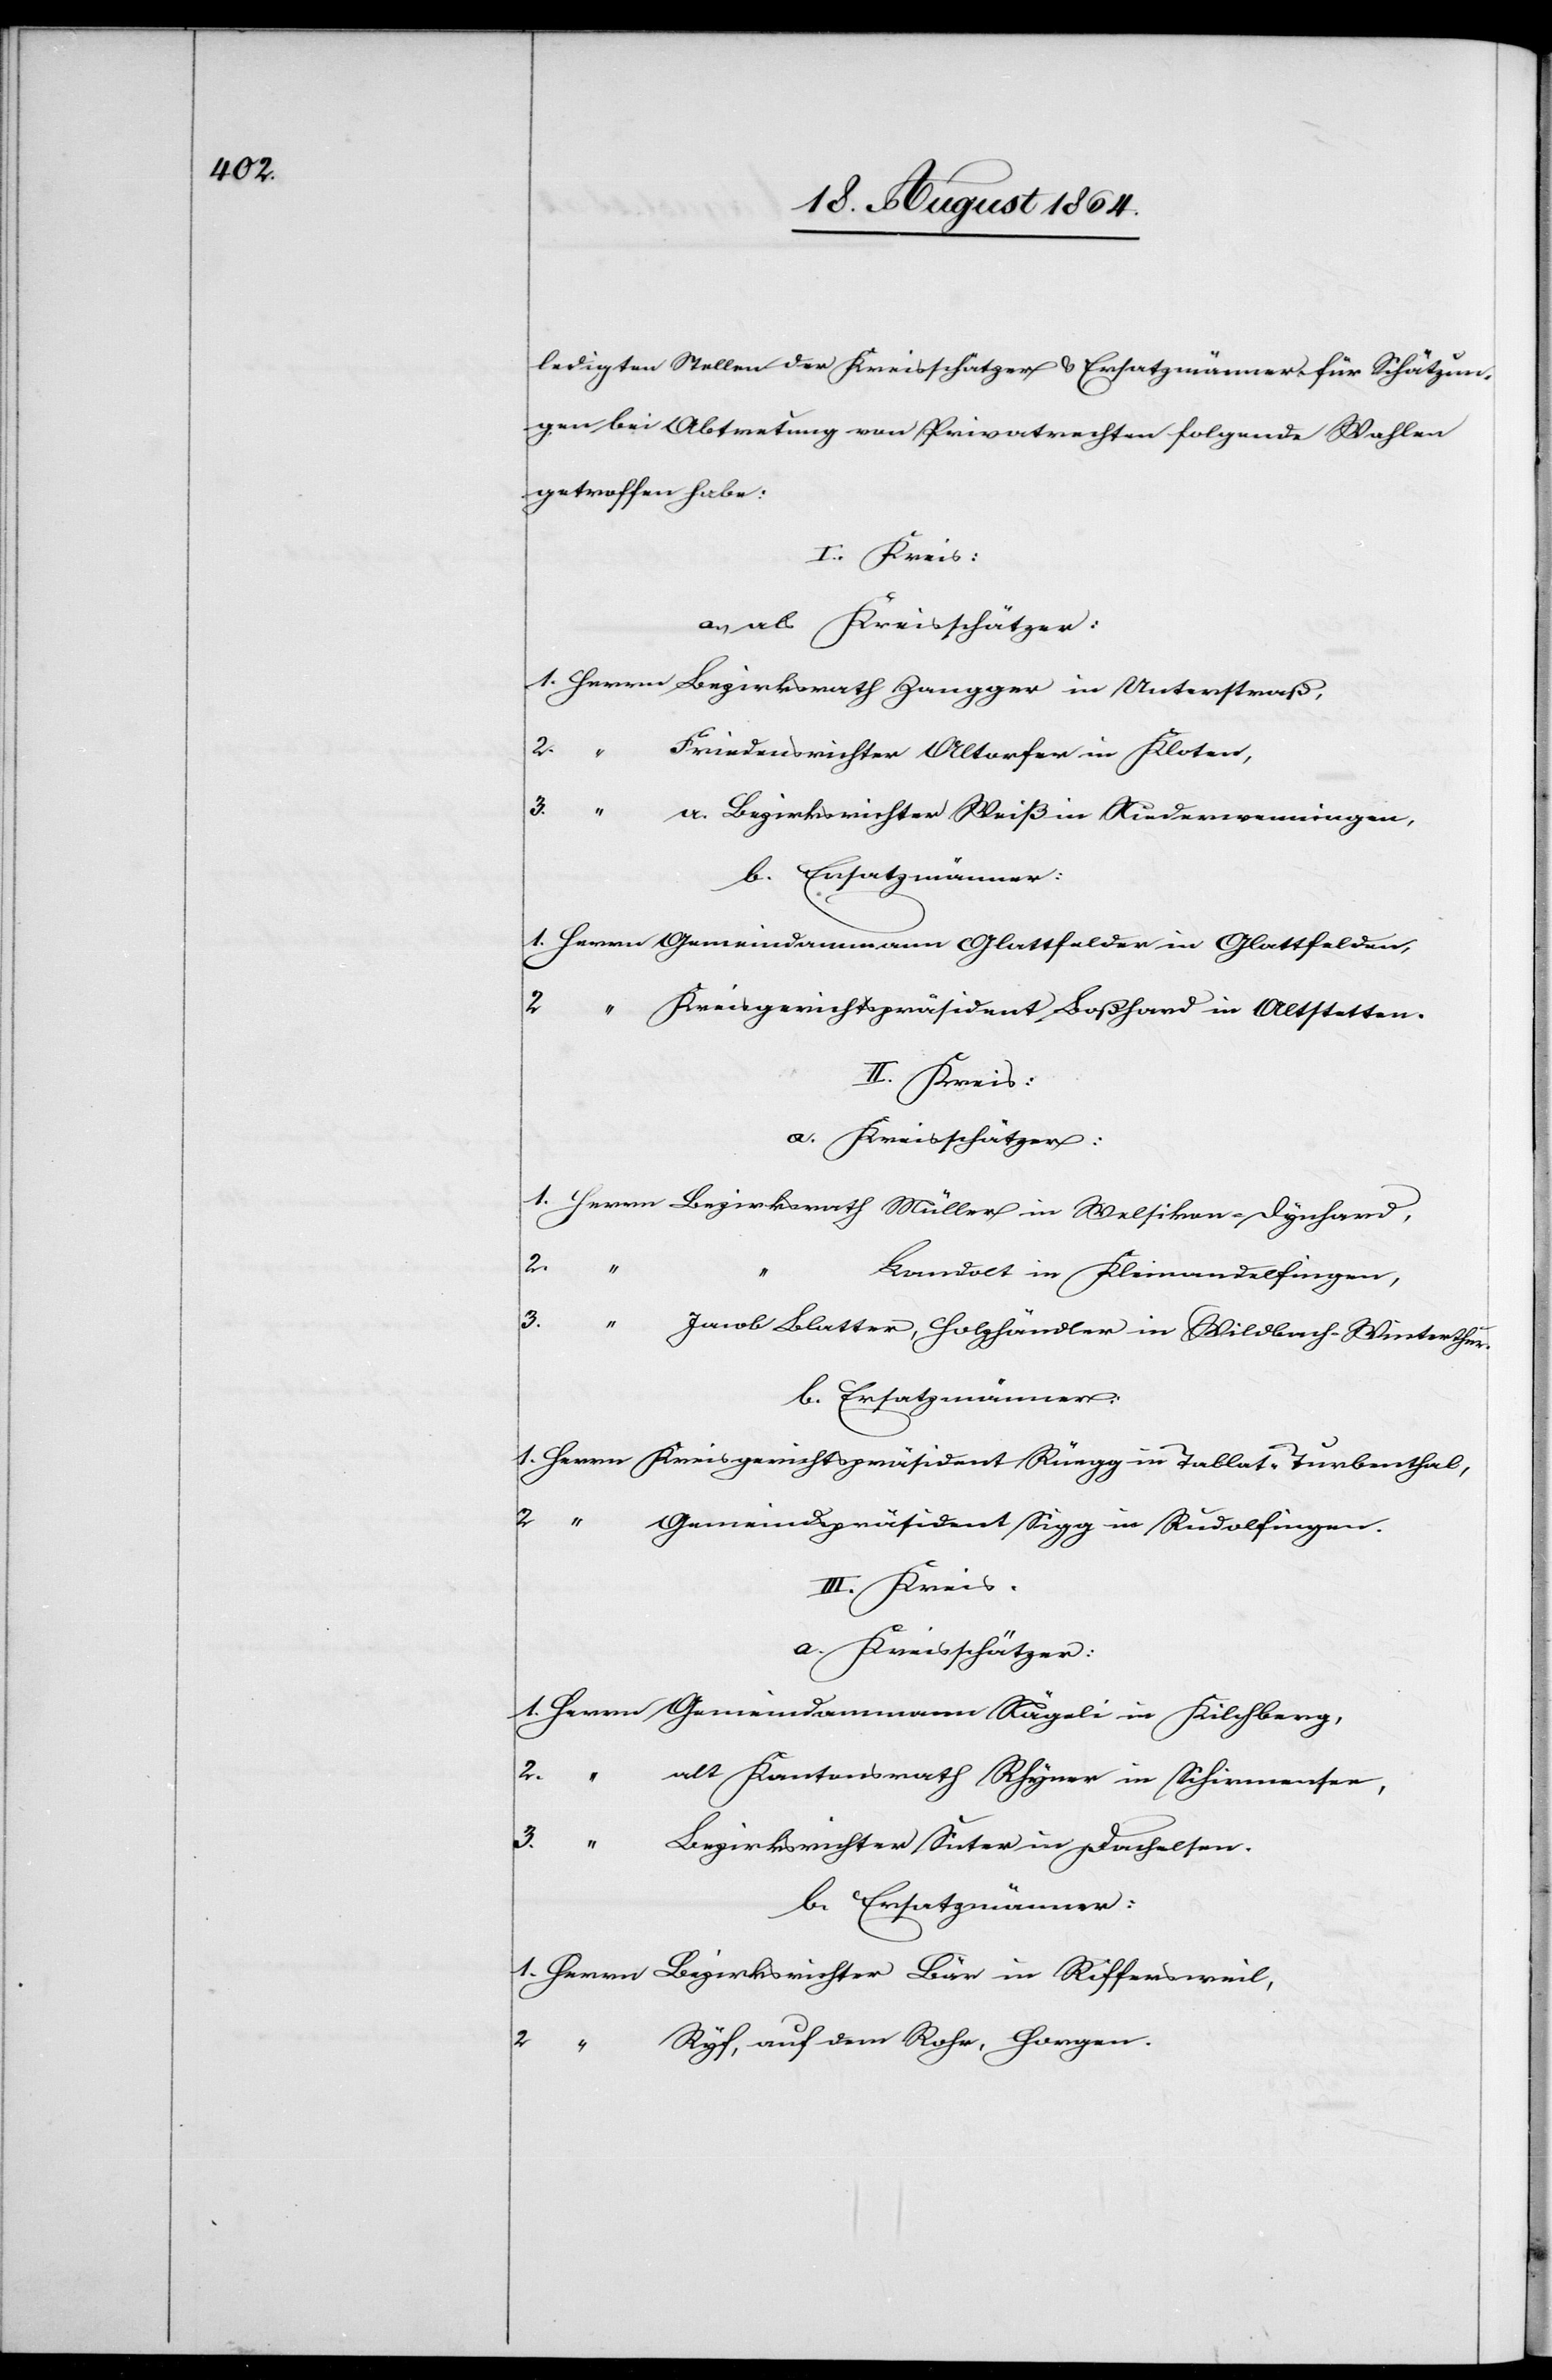
ledigten Stellen der Kreisschätzer & Ersatzmänner für Schätzun¬
gen bei Abtretung von Privatrechten folgende Wahlen
getroffen habe:
I. Kreis:
a. als Kreisschätzer:
1. Herrn Bezirksrath Zangger in Unterstraß,
2. “ Friedensrichter Altorfer in Kloten,
3. “ a. Bezirksrichter Weiß in Niederwenningen.
b. Ersatzmänner:
1. Herrn Gemeindammann Glattfelder in Glattfelden,
2.
“ Kreisgerichtspräsident Boßhard in Altstetten.
II. Kreis:
a. Kreisschätzer:
1. Herrn Bezirksrath Müller in Welsikon-Dynhard,
2.
Landolt in Kleinandelfingen,
3. “ Jacob Blatter, Holzhändler in Wildbach-Winterthur.
b. Ersatzmänner:
1. Herrn Kreisgerichtspräsident Rüegg in Tablat-Turbenthal,
2. “ Gemeindspräsident Sigg in Rudolfingen.
III. Kreis:
a. Kreisschätzer:
1. Herrn Gemeindammann Nägeli in Kilchberg,
2. “
alt Kantonsrath Rhyner in Schirmensee,
3. “ Bezirksrichter Suter in Dachelsen.
b. Ersatzmänner:
1. Herrn Bezirksrichter Bär in Riffersweil,
2. “ Ryf, auf dem Rohr, Horgen.